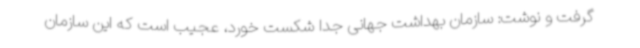
گرفت و نوشت: سازمان بهداشت جهانی جدا شکست خورد، عجیب است که این سازمان